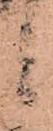
候